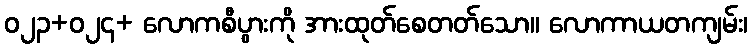
ဝ၂၃+ဝ၂၄+ လောကစီပွားကို အားထုတ်စေတတ်သော။ လောကာယတကျမ်း၊